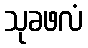
သုခဖလံ